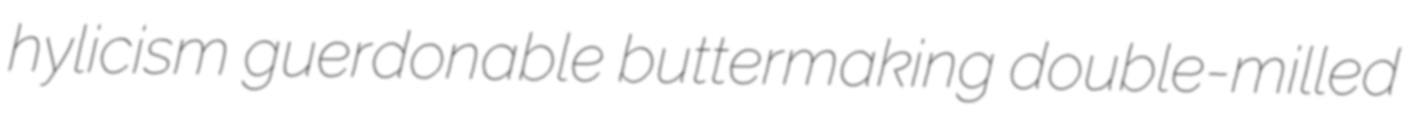
hylicism guerdonable buttermaking double-milled